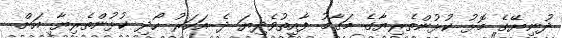
ދުނިޔޭގެ މޮޅު ކުޅުންތެރިޔާގެ މަގާމު ފާއިތުވެދިޔަ ދެ އަހަރު ހޯދި ކުޅުންތެރިޔާ އަށް